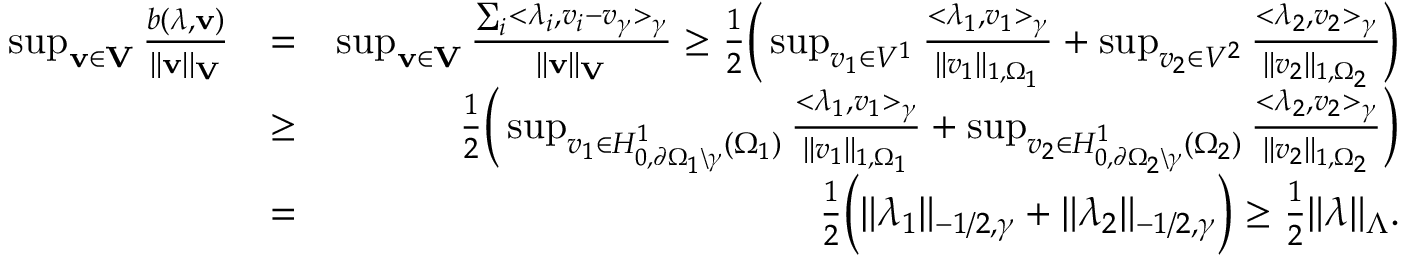
\begin{array} { r l r } { \operatorname* { s u p } _ { { \bf v } \in { \bf V } } \frac { b ( \boldsymbol \lambda , { \bf v } ) } { | | { \bf v } | | _ { { \bf V } } } } & { = } & { \operatorname* { s u p } _ { { \bf v } \in { { \bf V } } } \frac { \sum _ { i } < \lambda _ { i } , v _ { i } - v _ { \gamma } > _ { \gamma } } { | | { \bf v } | | _ { { \bf V } } } \geq \frac { 1 } { 2 } \Big ( \operatorname* { s u p } _ { v _ { 1 } \in V ^ { 1 } } \frac { < \lambda _ { 1 } , v _ { 1 } > _ { \gamma } } { | | v _ { 1 } | | _ { 1 , \Omega _ { 1 } } } + \operatorname* { s u p } _ { v _ { 2 } \in V ^ { 2 } } \frac { < \lambda _ { 2 } , v _ { 2 } > _ { \gamma } } { | | v _ { 2 } | | _ { 1 , \Omega _ { 2 } } } \Big ) } \\ & { \geq } & { \frac { 1 } { 2 } \Big ( \operatorname* { s u p } _ { v _ { 1 } \in H _ { 0 , \partial \Omega _ { 1 } \backslash \gamma } ^ { 1 } ( \Omega _ { 1 } ) } \frac { < \lambda _ { 1 } , v _ { 1 } > _ { \gamma } } { | | v _ { 1 } | | _ { 1 , \Omega _ { 1 } } } + \operatorname* { s u p } _ { v _ { 2 } \in H _ { 0 , \partial \Omega _ { 2 } \backslash \gamma } ^ { 1 } ( \Omega _ { 2 } ) } \frac { < \lambda _ { 2 } , v _ { 2 } > _ { \gamma } } { | | v _ { 2 } | | _ { 1 , \Omega _ { 2 } } } \Big ) } \\ & { = } & { \frac { 1 } { 2 } \Big ( \| \lambda _ { 1 } \| _ { - 1 / 2 , \gamma } + \| \lambda _ { 2 } \| _ { - 1 / 2 , \gamma } \Big ) \geq \frac { 1 } { 2 } \| \boldsymbol \lambda \| _ { \boldsymbol \Lambda } . } \end{array}